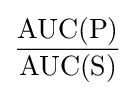
{\frac {\mathrm {AUC} (\mathrm {P} )}{\mathrm {AUC} (\mathrm {S} )}}